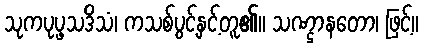
သုကပုပ္ဖသဒိသံ၊ ကသစ်ပွင့်နှင့်တူ၏။ သဏ္ဌာနတော၊ ဖြင့်။